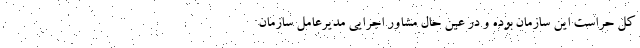
کل حراست این سازمان بوده و در عین حال مشاور اجرایی مدیرعامل سازمان